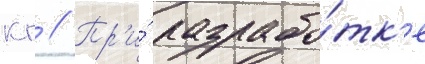
кг // Пр'и́ разрабо́тк'е